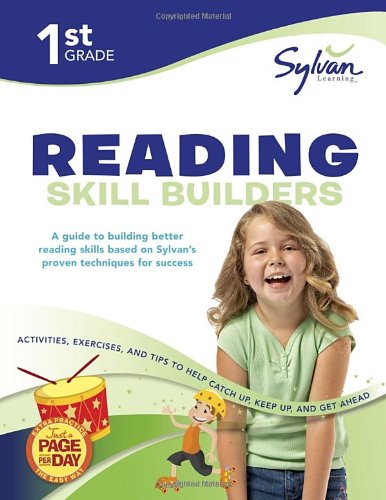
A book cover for First Grade Reading Skill Builders (Sylvan Workbooks) (Language Arts Workbooks); Sylvan Learning; Reference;